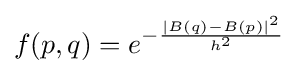
f(p,q)=e^{-{{\left\vert B(q)-B(p)\right\vert ^{2}} \over h^{2}}}